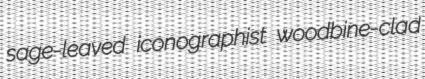
sage-leaved iconographist woodbine-clad